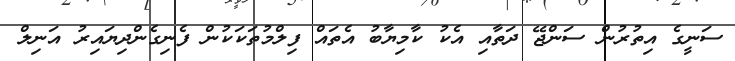
ސަނީގެ އިތުރުން ސަންޖޭ ދަތާއި އެކު ކާމިޔާބު އެތައް ފިލްމުތަކަކުން ފެނިގެންދިޔައިރު އަނިލް